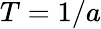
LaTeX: T=1/a